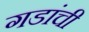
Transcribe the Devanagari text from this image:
गडांची